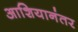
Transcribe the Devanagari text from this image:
आशियानंतर